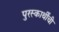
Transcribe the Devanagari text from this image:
पुरस्कार्थींची